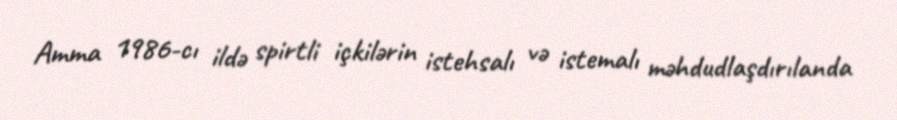
Amma 1986-cı ildə spirtli içkilərin istehsalı və istemalı məhdudlaşdırılanda